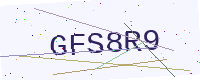
Text: GFS8R9